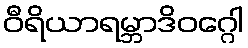
ဝီရိယာရမ္ဘာဒိဝဂ္ဂေါ